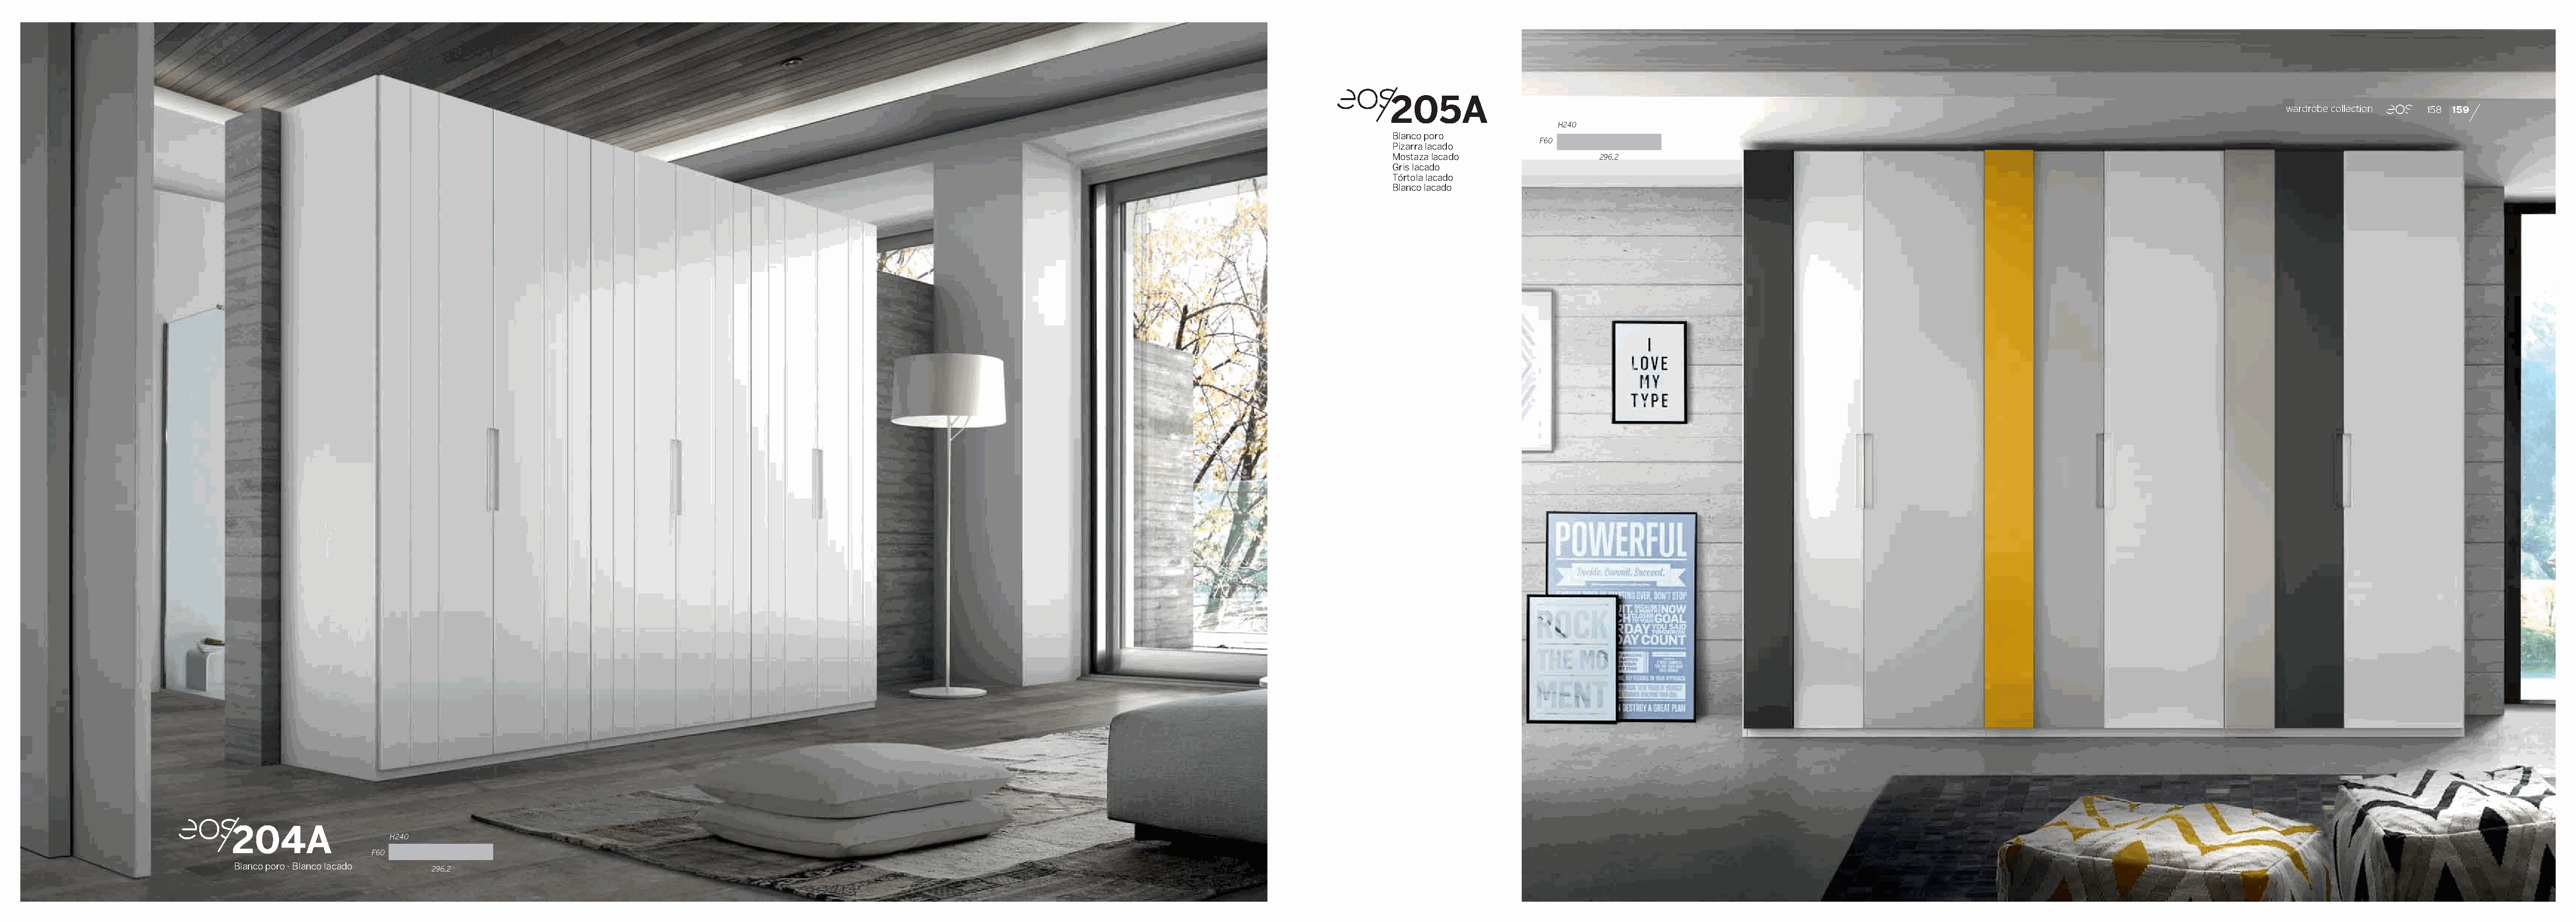
205A
 wardrobe collection 158 159
 H240
 Blanco poro
 F60
 Pizarra lacado
 Mostaza lacado              296,2
 Gris lacado
 Tórtola lacado
 Blanco lacado
 204A
 H240
 F60
 Blanco poro - Blanco lacado
 296,2